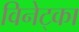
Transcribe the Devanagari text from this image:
विनेट्का